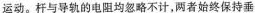
运动。杆与导轨的电阻均忽略不计，两者始终保持垂